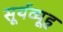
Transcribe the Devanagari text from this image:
सूर्यव्यूह